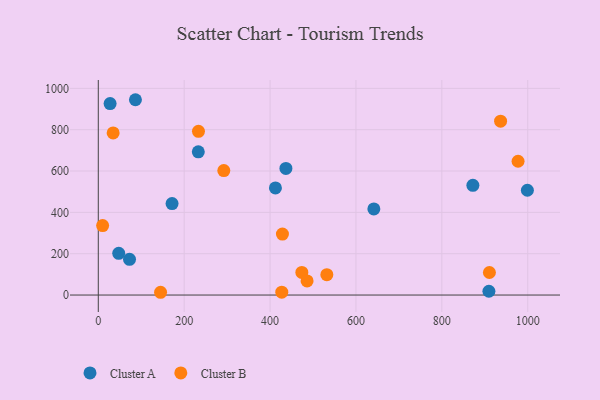
{"axis": {"x": "Price", "y": "Profit"}, "legend": ["Cluster A", "Cluster B"], "data": [{"x": "27.5", "y": 926.5, "type": "Cluster A"}, {"x": "436.9", "y": 612.5, "type": "Cluster A"}, {"x": "909.6", "y": 18.3, "type": "Cluster A"}, {"x": "86.5", "y": 945.0, "type": "Cluster A"}, {"x": "171.8", "y": 442.5, "type": "Cluster A"}, {"x": "641.7", "y": 416.6, "type": "Cluster A"}, {"x": "232.9", "y": 692.9, "type": "Cluster A"}, {"x": "999.2", "y": 507.0, "type": "Cluster A"}, {"x": "412.5", "y": 518.1, "type": "Cluster A"}, {"x": "872.3", "y": 530.9, "type": "Cluster A"}, {"x": "72.7", "y": 172.8, "type": "Cluster A"}, {"x": "47.6", "y": 201.8, "type": "Cluster A"}, {"x": "145.0", "y": 13.4, "type": "Cluster B"}, {"x": "474.0", "y": 109.6, "type": "Cluster B"}, {"x": "233.3", "y": 792.1, "type": "Cluster B"}, {"x": "532.2", "y": 98.5, "type": "Cluster B"}, {"x": "292.3", "y": 602.4, "type": "Cluster B"}, {"x": "428.8", "y": 295.2, "type": "Cluster B"}, {"x": "34.6", "y": 784.4, "type": "Cluster B"}, {"x": "10.1", "y": 336.2, "type": "Cluster B"}, {"x": "427.3", "y": 13.7, "type": "Cluster B"}, {"x": "486.2", "y": 68.5, "type": "Cluster B"}, {"x": "910.8", "y": 109.0, "type": "Cluster B"}, {"x": "936.8", "y": 841.1, "type": "Cluster B"}, {"x": "977.5", "y": 647.4, "type": "Cluster B"}]}